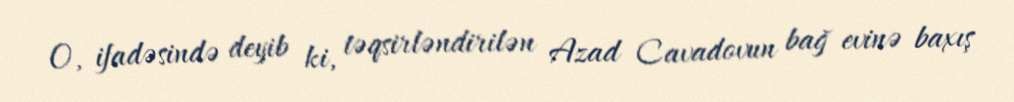
O, ifadəsində deyib ki, təqsirləndirilən Azad Cavadovun bağ evinə baxış